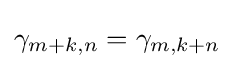
\gamma _{m+k,n}=\gamma _{m,k+n}